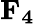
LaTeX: \mathbf{F_{4}}